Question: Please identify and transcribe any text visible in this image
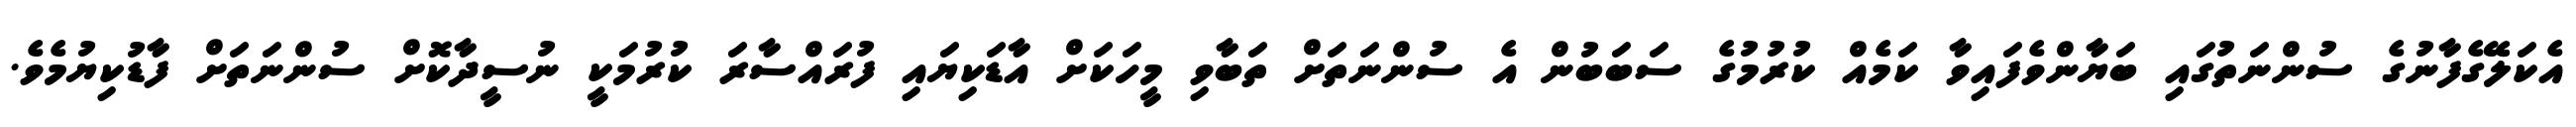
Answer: އެކަލޭގެފާނުގެ ސުންނަތުގައި ބަޔާންވެފައިވާ ކަމެއް ކުރުމުގެ ސަބަބުން އެ ސުންނަތަށް ތަބާވި މީހަކަށް އާޑަކިޔައި ފުރައްސާރަ ކުރުމަކީ ނުސީދާކޮށް ސުންނަތަށް ފާޑުކިޔުމެވެ.